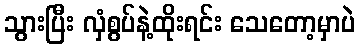
သွားပြီး လှံစွပ်နဲ့ထိုးရင်း သေတော့မှာပဲ